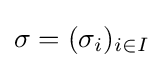
\sigma =(\sigma _{i})_{i\in I}